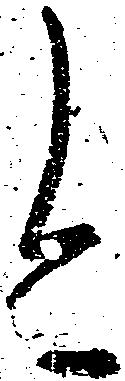
今